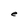
Character: e